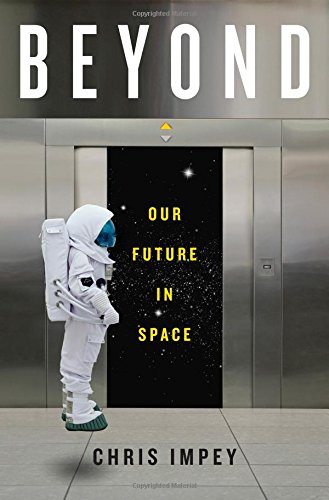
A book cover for Beyond: Our Future in Space; Chris Impey; Engineering & Transportation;